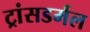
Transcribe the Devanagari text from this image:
ट्रांसडर्मल